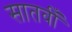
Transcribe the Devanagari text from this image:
सातवीँ